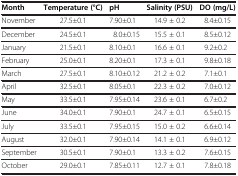
<table><thead><tr><td><b>Month</b></td><td><b>Temperature (°C)</b></td><td><b>pH</b></td><td><b>Salinity (PSU)</b></td><td><b>DO (mg/L)</b></td></tr></thead><tbody><tr><td>November</td><td>27.5±0.1</td><td>7.90±0.1</td><td>14.9 ± 0.2</td><td>8.4±0.15</td></tr><tr><td>December</td><td>24.5±0.1</td><td>8.0±0.15</td><td>15.5 ± 0.1</td><td>8.5±0.12</td></tr><tr><td>January</td><td>21.5±0.1</td><td>8.10±0.1</td><td>16.6 ± 0.1</td><td>9.2±0.2</td></tr><tr><td>February</td><td>25.0±0.1</td><td>8.20±0.1</td><td>17.3 ± 0.1</td><td>9.8±0.18</td></tr><tr><td>March</td><td>27.5±0.1</td><td>8.10±0.12</td><td>21.2 ± 0.2</td><td>7.1±0.1</td></tr><tr><td>April</td><td>32.5±0.1</td><td>8.05±0.1</td><td>22.3 ± 0.2</td><td>7.0±0.12</td></tr><tr><td>May</td><td>33.5±0.1</td><td>7.95±0.14</td><td>23.6 ± 0.1</td><td>6.7±0.2</td></tr><tr><td>June</td><td>34.0±0.1</td><td>7.90±0.1</td><td>24.7 ± 0.1</td><td>6.5±0.15</td></tr><tr><td>July</td><td>33.5±0.1</td><td>7.95±0.15</td><td>15.0 ± 0.2</td><td>6.6±0.14</td></tr><tr><td>August</td><td>32.0±0.1</td><td>7.90±0.14</td><td>14.1 ± 0.1</td><td>6.9±0.12</td></tr><tr><td>September</td><td>30.5±0.1</td><td>7.90±0.1</td><td>13.3 ± 0.2</td><td>7.6±0.15</td></tr><tr><td>October</td><td>29.0±0.1</td><td>7.85±0.11</td><td>12.7 ± 0.1</td><td>7.8±0.18</td></tr></tbody></table>